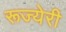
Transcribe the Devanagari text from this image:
रूज्येरी